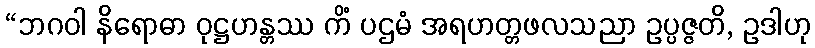
“ဘဂဝါ နိရောဓာ ဝုဋ္ဌဟန္တဿ ကိံ ပဌမံ အရဟတ္တဖလသညာ ဥပ္ပဇ္ဇတိ, ဥဒါဟု